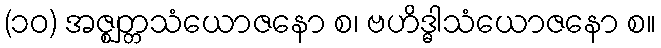
(၁၀) အဇ္ဈတ္တသံယောဇနော စ၊ ဗဟိဒ္ဓါသံယောဇနော စ။